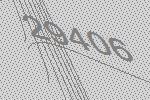
29406